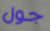
جول